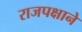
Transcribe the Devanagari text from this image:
राजपक्षाने